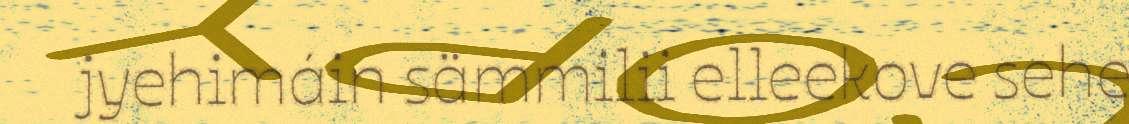
jyehimáin sämmilii elleekove sehe